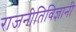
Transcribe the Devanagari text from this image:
राजनीतिविज्ञानी